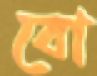
বো